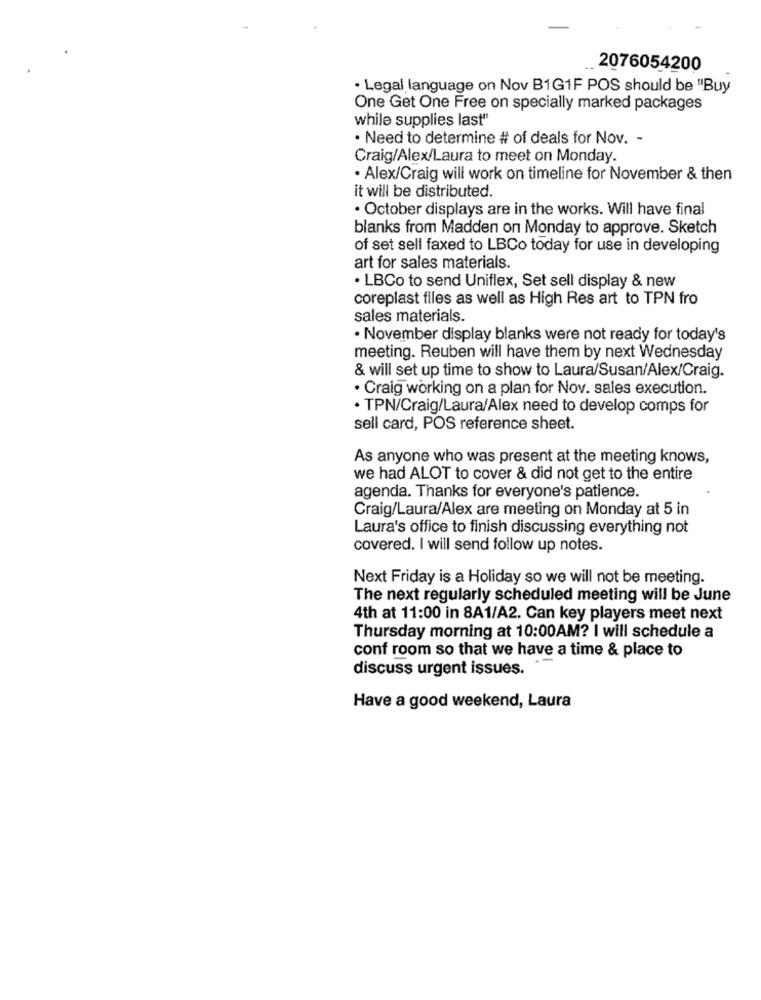
2076054200
· Legal language on Nov B1G1F POS should be "Buy
One Get One Free on specially marked packages
while supplies last"
· Need to determine # of deals for Nov. -
Craig/Alex/Laura to meet on Monday.
. Alex/Craig will work on timeline for November & then
it will be distributed.
. October displays are in the works. Will have final
blanks from Madden on Monday to approve. Sketch
of set sell faxed to LBCo today for use in developing
art for sales materials.
· LBCo to send Uniflex, Set sell display & new
coreplast files as well as High Res art to TPN fro
sales materials.
. November display blanks were not ready for today's
meeting. Reuben will have them by next Wednesday
& will set up time to show to Laura/Susan/Alex/Craig.
. Craig working on a plan for Nov. sales execution.
· TPN/Craig/Laura/Alex need to develop comps for
sell card, POS reference sheet.
As anyone who was present at the meeting knows,
we had ALOT to cover & did not get to the entire
agenda. Thanks for everyone's patience.
Craig/Laura/Alex are meeting on Monday at 5 in
Laura's office to finish discussing everything not
covered. I will send follow up notes.
Next Friday is a Holiday so we will not be meeting.
The next regularly scheduled meeting will be June
4th at 11:00 in 8A1/A2. Can key players meet next
Thursday morning at 10:00AM? I will schedule a
conf room so that we have a time & place to
discuss urgent issues.
Have a good weekend, Laura